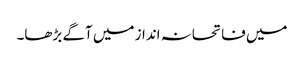
میں فاتحانہ انداز میں آگے بڑھا۔